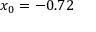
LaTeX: x _ { 0 } = - 0 . 7 2